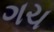
ગચ